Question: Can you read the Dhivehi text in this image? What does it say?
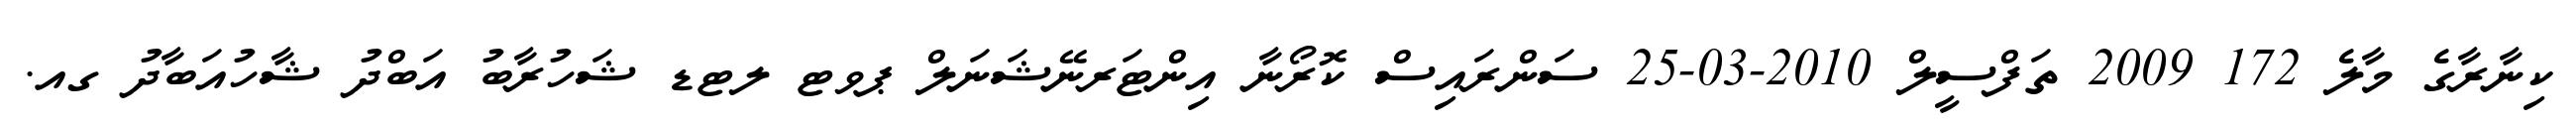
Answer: ކިނާރާގެ މާލެ 172 2009 ތަފްސީލް 2010-03-25 ސަންރައިސް ކޮރޯނާ އިންޓަރނޭޝަނަލް ޕވޓ ލޓޑ ޝަހުރާބު އަބްދު ޝާހުއަބާދު ގއ.